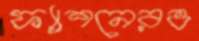
ফ্যাশনেরও